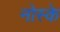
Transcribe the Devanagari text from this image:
नोस्के